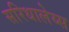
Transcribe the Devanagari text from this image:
सरिधालेय्स